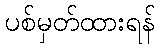
ပစ်မှတ်ထားရန်